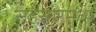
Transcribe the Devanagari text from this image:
सहस्रारमध्य